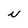
Character: N